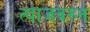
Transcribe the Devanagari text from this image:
त्याजवरुन